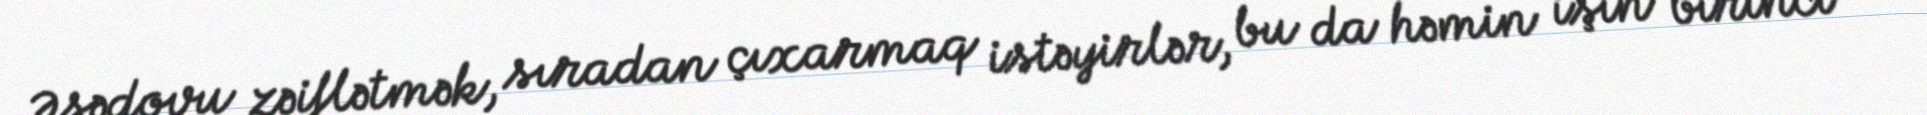
Əsədovu zəiflətmək, sıradan çıxarmaq istəyirlər, bu da həmin işin birinci